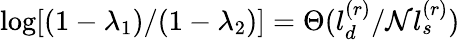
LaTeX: \log[(1-\lambda_{1})/(1-\lambda_{2})]=\Theta(l_{d}^{(r)}/\mathcal{N}l_{s}^{(r)})